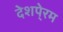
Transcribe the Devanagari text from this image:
देशपे्रम